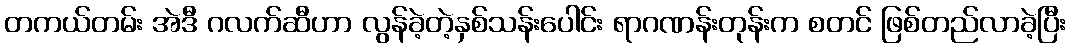
တကယ်တမ်း အဲဒီ ဂလက်ဆီဟာ လွန်ခဲ့တဲ့နှစ်သန်းပေါင်း ရာဂဏန်းတုန်းက စတင် ဖြစ်တည်လာခဲ့ပြီး